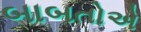
બાબતોએ